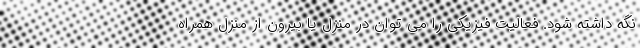
نگه داشته شود. فعالیت فیزیکی را می توان در منزل یا بیرون از منزل همراه